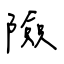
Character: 險